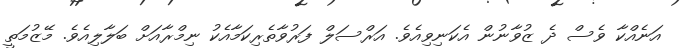
އަނެއްކާ ވެސް ދެ ޒުވާނުން އެކަނިވިއެވެ. އަރްސަލް ފަރުވާތެރިކަމާއެކު ނިމްރާއަށް ބަލާލިއެވެ. މޭޒުމަތީ